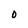
Character: D